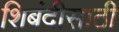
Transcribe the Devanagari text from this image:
शिबंदीसाठी